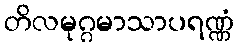
တိလမုဂ္ဂမာသာပရဏ္ဏံ